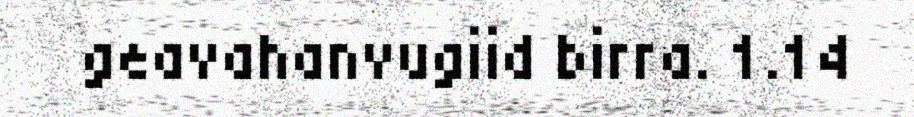
geavahanvugiid birra. 1.14